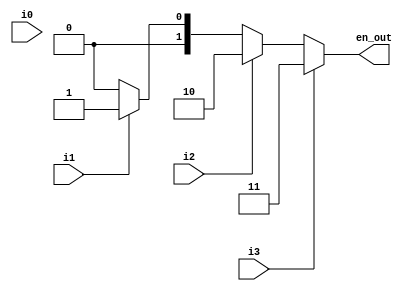
//priority encoder ( 4x2 )
module MyEncoder(i0,i1,i2,i3,en_out);
input i0,i1,i2,i3;
output [1:0] en_out;
reg [1:0] en_out;
always @ ( i0 or i1 or i2 or i3 )
	if(i3 == 1'b1)
	  en_out <= 2'b11;
	else if(i2 == 1'b1)
	  en_out <= 2'b10;
	else if(i1 == 1'b1)
	  en_out <= 2'b01;
	else 
	  en_out <= 2'b00;
endmodule